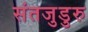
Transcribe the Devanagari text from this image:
संतजुडुरु